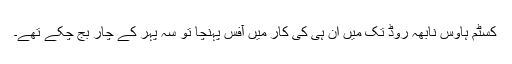
کسٹم ہاوس نابھہ روڈ تک میں ان ہی کی کار میں آفس پہنچا تو سہ پہر کے چار بج چکے تھے۔